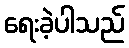
ရေးခဲ့ပါသည်